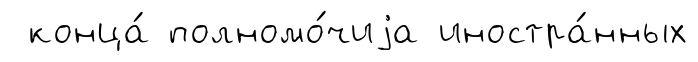
конца́ полномо́чиjа иностра́нных